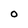
Character: O